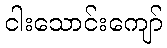
ငါးသောင်းကျော်